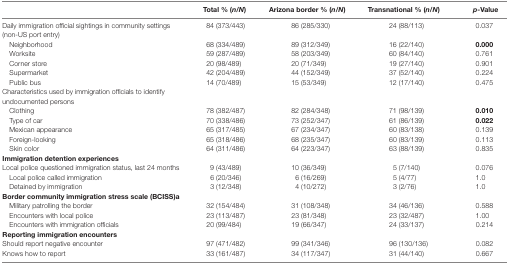
<table><thead><tr><td></td><td><b>Total % (<i>n</i>/<i>N</i>)</b></td><td><b>Arizona border % (<i>n</i>/<i>N</i>)</b></td><td><b>Transnational % (<i>n</i>/<i>N</i>)</b></td><td><b><i>p</i>-Value</b></td></tr></thead><tbody><tr><td>Daily immigration official sightings in community settings (non-US port entry)</td><td>84 (373/443)</td><td>86 (285/330)</td><td>24 (88/113)</td><td>0.037</td></tr><tr><td> Neighborhood</td><td>68 (334/489)</td><td>89 (312/349)</td><td>16 (22/140)</td><td><b>0.000</b></td></tr><tr><td> Worksite</td><td>59 (287/489)</td><td>58 (203/349)</td><td>60 (84/140)</td><td>0.761</td></tr><tr><td> Corner store</td><td>20 (98/489)</td><td>20 (71/349)</td><td>19 (27/140)</td><td>0.901</td></tr><tr><td> Supermarket</td><td>42 (204/489)</td><td>44 (152/349)</td><td>37 (52/140)</td><td>0.224</td></tr><tr><td> Public bus</td><td>14 (70/489)</td><td>15 (53/349)</td><td>12 (17/140)</td><td>0.475</td></tr><tr><td>Characteristics used by immigration officials to identify undocumented persons</td><td></td><td></td><td></td><td></td></tr><tr><td> Clothing</td><td>78 (382/487)</td><td>82 (284/348)</td><td>71 (98/139)</td><td><b>0.010</b></td></tr><tr><td> Type of car</td><td>70 (338/486)</td><td>73 (252/347)</td><td>61 (86/139)</td><td><b>0.022</b></td></tr><tr><td> Mexican appearance</td><td>65 (317/485)</td><td>67 (234/347)</td><td>60 (83/138)</td><td>0.139</td></tr><tr><td> Foreign-looking</td><td>65 (318/486)</td><td>68 (235/347)</td><td>60 (83/139)</td><td>0.113</td></tr><tr><td> Skin color</td><td>64 (311/486)</td><td>64 (223/347)</td><td>63 (88/139)</td><td>0.835</td></tr><tr><td><b>Immigration detention experiences</b></td><td></td><td></td><td></td><td></td></tr><tr><td>Local police questioned immigration status, last 24 months</td><td>9 (43/489)</td><td>10 (36/349)</td><td>5 (7/140)</td><td>0.076</td></tr><tr><td> Local police called immigration</td><td>6 (20/346)</td><td>6 (16/269)</td><td>5 (4/77)</td><td>1.0</td></tr><tr><td> Detained by immigration</td><td>3 (12/348)</td><td>4 (10/272)</td><td>3 (2/76)</td><td>1.0</td></tr><tr><td><b>Border community immigration stress scale (BCISS)<sup>a</sup></b></td><td></td><td></td><td></td><td></td></tr><tr><td> Military patrolling the border</td><td>32 (154/484)</td><td>31 (108/348)</td><td>34 (46/136)</td><td>0.588</td></tr><tr><td> Encounters with local police</td><td>23 (113/487)</td><td>23 (81/348)</td><td>23 (32/487)</td><td>1.00</td></tr><tr><td> Encounters with immigration officials</td><td>20 (99/484)</td><td>19 (66/347)</td><td>24 (33/137)</td><td>0.214</td></tr><tr><td><b>Reporting immigration encounters</b></td><td></td><td></td><td></td><td></td></tr><tr><td>Should report negative encounter</td><td>97 (471/482)</td><td>99 (341/346)</td><td>96 (130/136)</td><td>0.082</td></tr><tr><td>Knows how to report</td><td>33 (161/487)</td><td>34 (117/347)</td><td>31 (44/140)</td><td>0.667</td></tr></tbody></table>